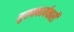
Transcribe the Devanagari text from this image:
मुख्यकार्यकारी